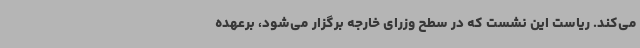
می‌کند. ریاست این نشست که در سطح وزرای خارجه برگزار می‌شود، برعهده